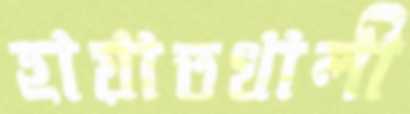
হায়াতখালী